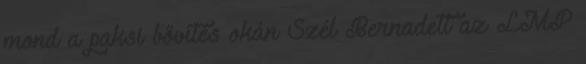
mond a paksi bővítés okán Szél Bernadett az LMP